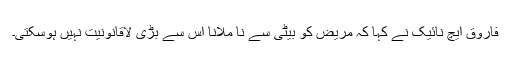
فاروق ایچ نائیک نے کہا کہ مریض کو بیٹی سے نا ملانا اس سے بڑی لاقانونیت نہیں ہوسکتی۔